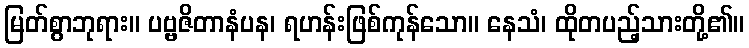
မြတ်စွာဘုရား။ ပဗ္ဗဇိတာနံပန၊ ရဟန်းဖြစ်ကုန်သော။ နေသံ၊ ထိုတပည့်သားတို့၏။